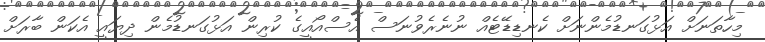
މިހާތަނަށް އަޅުގަނޑުމެންނަށް ކެނޑިޑޭޓެއް ނުނެރެވުނަސް އެސްއޯއީގެ ކުރިން އަޅުގަނޑުމެން ދިޔައީ އެކަން ބާރަށް